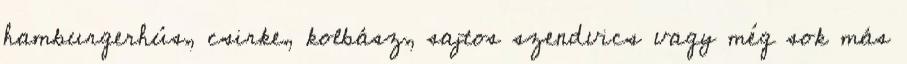
hamburgerhús, csirke, kolbász, sajtos szendvics vagy még sok más